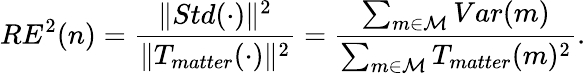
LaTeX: RE^{2}(n)=\frac{\| Std(\cdot)\| ^{2}}{\| T_{matter}(\cdot)\| ^{2}}=\frac{\sum_{m\in\mathcal{M}}Var(m)}{\sum_{m\in\mathcal{M}}T_{matter}(m)^{2}}.